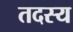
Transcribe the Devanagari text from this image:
तदस्य